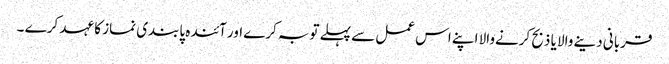
قربانی دینے والا یا ذبح کرنےوالا اپنے اس عمل سے پہلے توبہ کرے اور آئندہ پابندی نماز کا عہد کرے ۔